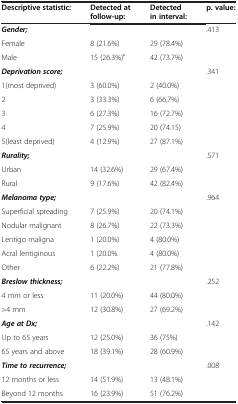
<table><thead><tr><td><b>Descriptive statistic:</b></td><td><b>Detected at follow-up:</b></td><td><b>Detected in interval:</b></td><td><b>p. value:</b></td></tr></thead><tbody><tr><td><b><i>Gender;</i></b></td><td> </td><td> </td><td>.413</td></tr><tr><td>Female</td><td>8 (21.6%)</td><td>29 (78.4%)</td><td> </td></tr><tr><td>Male</td><td>15 (26.3%)′</td><td>42 (73.7%)</td><td> </td></tr><tr><td><b><i>Deprivation score;</i></b></td><td> </td><td> </td><td>.341</td></tr><tr><td>1(most deprived)</td><td>3 (60.0%)</td><td>2 (40.0%)</td><td> </td></tr><tr><td>2</td><td>3 (33.3%)</td><td>6 (66.7%)</td><td> </td></tr><tr><td>3</td><td>6 (27.3%)</td><td>16 (72.7%)</td><td> </td></tr><tr><td>4</td><td>7 (25.9%)</td><td>20 (74.15)</td><td> </td></tr><tr><td>5(least deprived)</td><td>4 (12.9%)</td><td>27 (87.1%)</td><td> </td></tr><tr><td><b><i>Rurality;</i></b></td><td> </td><td> </td><td>.571</td></tr><tr><td>Urban</td><td>14 (32.6%)</td><td>29 (67.4%)</td><td> </td></tr><tr><td>Rural</td><td>9 (17.6%)</td><td>42 (82.4%)</td><td> </td></tr><tr><td><b><i>Melanoma type;</i></b></td><td> </td><td> </td><td>.964</td></tr><tr><td>Superficial spreading</td><td>7 (25.9%)</td><td>20 (74.1%)</td><td> </td></tr><tr><td>Nodular malignant</td><td>8 (26.7%)</td><td>22 (73.3%)</td><td> </td></tr><tr><td>Lentigo maligna</td><td>1 (20.0%)</td><td>4 (80.0%)</td><td> </td></tr><tr><td>Acral lentiginous</td><td>1 (20.0%</td><td>4 (80.0%)</td><td> </td></tr><tr><td>Other</td><td>6 (22.2%)</td><td>21 (77.8%)</td><td> </td></tr><tr><td><b><i>Breslow thickness;</i></b></td><td> </td><td> </td><td>.252</td></tr><tr><td>4 mm or less</td><td>11 (20.0%)</td><td>44 (80.0%)</td><td> </td></tr><tr><td>&gt;4 mm</td><td>12 (30.8%)</td><td>27 (69.2%)</td><td> </td></tr><tr><td><b><i>Age at Dx;</i></b></td><td> </td><td> </td><td>.142</td></tr><tr><td>Up to 65 years</td><td>12 (25.0%)</td><td>36 (75%)</td><td> </td></tr><tr><td>65 years and above</td><td>18 (39.1%)</td><td>28 (60.9%)</td><td> </td></tr><tr><td><b><i>Time to recurrence;</i></b></td><td> </td><td> </td><td>.008</td></tr><tr><td>12 months or less</td><td>14 (51.9%)</td><td>13 (48.1%)</td><td> </td></tr><tr><td>Beyond 12 months</td><td>16 (23.9%)</td><td>51 (76.2%)</td><td> </td></tr></tbody></table>